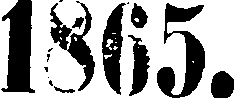
1865.